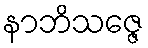
နာဘိသဇ္ဇေ